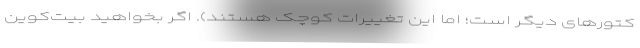
کتورهای دیگر است؛ اما این تغییرات کوچک هستند). اگر بخواهید بیت‌کوین